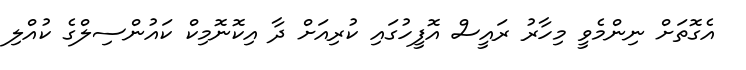
އެގޮތަށް ނިންމެވީ މިހާރު ރައީސް އޮފީހުގައި ކުރިއަށް ދާ އިކޮނޮމިކް ކައުންސިލްގެ ކުއްލި